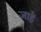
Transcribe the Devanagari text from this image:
जाहे